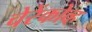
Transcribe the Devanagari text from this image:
चेरेंकोव्ह